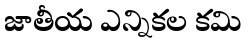
జాతీయ ఎన్నికల కమి